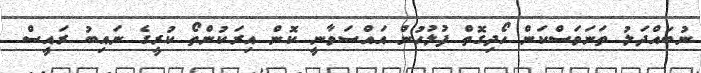
ނުބައްދަލު ތަނަވަސްކަން ހޯދިގޮތް ފުލުހުން އައްސަވާނީ ކޮން އިރަކުންތޯ ކުރީގެ ނައިބު ރައީސް